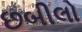
છબીલો